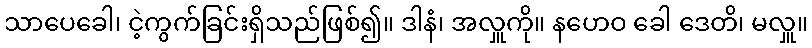
သာပေခေါ၊ ငဲ့ကွက်ခြင်းရှိသည်ဖြစ်၍။ ဒါနံ၊ အလှူကို။ နဟေဝ ခေါ ဒေတိ၊ မလှူ။